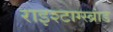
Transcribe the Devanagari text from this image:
राइश्टाग्स्ब्रांड